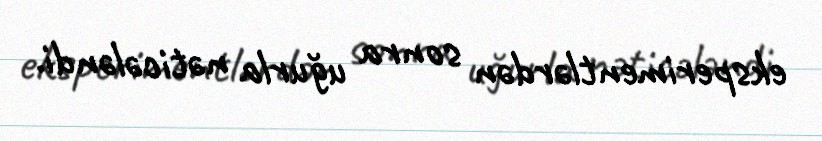
eksperimentlərdən sonra uğurla nəticələndi.